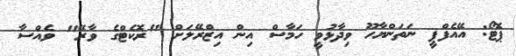
ޕޮޓޯ: އޭއެފްޕީ ނަތަންޔާހޫ ވިދާޅުވީ ހަމާސް އިން އިޒްރޭލަށް "ރޮކެޓްގެ ވާރޭ" ވެއްސާ